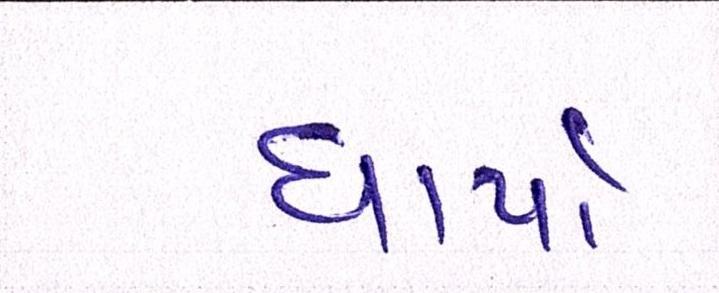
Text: ધાર્યો